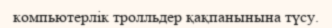
компьютерлік тролльдер қақпанынына түсу.